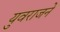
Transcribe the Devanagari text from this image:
युवराजने